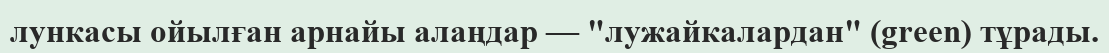
лункасы ойылған арнайы алаңдар — "лужайкалардан" (green) тұрады.